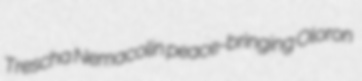
Trescha Nemacolin peace-bringing Oloron